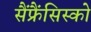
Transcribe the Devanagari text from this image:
सैंफ्रैंसिस्को